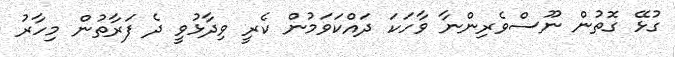
ގުޅޭ ގޮތުން ނޫސްވެރިންނާ ވާހަަކަ ދައްކަވަމުން ކެރީ ވިދާޅުވީ ދެ ފަރާތުން މިހާރު